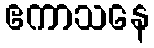
ဧကာသနေ